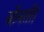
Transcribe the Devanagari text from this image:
बीनती।